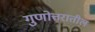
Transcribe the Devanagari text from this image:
गुणोत्तरातील